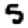
Digit: 5